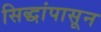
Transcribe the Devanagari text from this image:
सिद्धांपासून